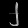
Digit: ၂